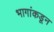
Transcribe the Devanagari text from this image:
भागांकडून